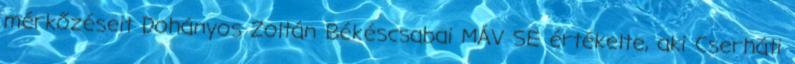
mérkőzéseit Dohányos Zoltán Békéscsabai MÁV SE értékelte, aki Cserháti